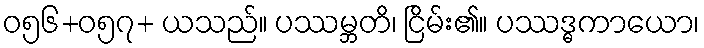
ဝ၅၆+၀၅၇+ ယသည်။ ပဿမ္ဘတိ၊ ငြိမ်း၏။ ပဿဒ္ဓကာယော၊